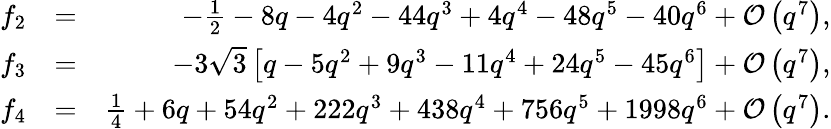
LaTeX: \begin{array}{rlr}{f_{2}}&{=}&{-\frac{1}{2}-8q-4q^{2}-44q^{3}+4q^{4}-48q^{5}-40q^{6}+{\mathcal O}\left(q^{7}\right),}\\ {f_{3}}&{=}&{-3\sqrt{3}\left[q-5q^{2}+9q^{3}-11q^{4}+24q^{5}-45q^{6}\right]+{\mathcal O}\left(q^{7}\right),}\\ {f_{4}}&{=}&{\frac{1}{4}+6q+54q^{2}+222q^{3}+438q^{4}+756q^{5}+1998q^{6}+{\mathcal O}\left(q^{7}\right).}\end{array}